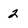
Character: 2